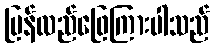
ပြန်လည်ဖြေကြားပါသည်